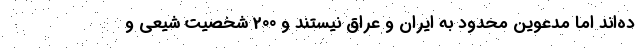
ده‌اند اما مدعوین محدود به ایران و عراق نیستند و 200 شخصیت شیعی و